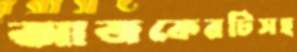
আজকেরটিসহ